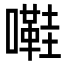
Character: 嚡